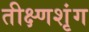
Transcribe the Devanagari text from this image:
तीक्ष्णशृंग